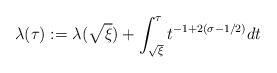
\begin{align*} \lambda(\tau):= \lambda(\sqrt{\xi}) + \int_{\sqrt{\xi}}^\tau t^{-1+2(\sigma-1/2)} dt \end{align*}